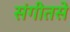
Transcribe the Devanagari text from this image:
संगीतसे